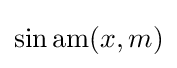
\sin \operatorname {am} (x,m)